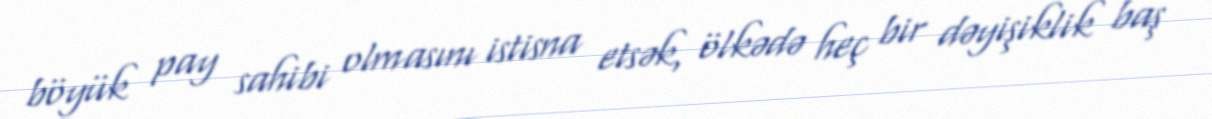
böyük pay sahibi olmasını istisna etsək, ölkədə heç bir dəyişiklik baş